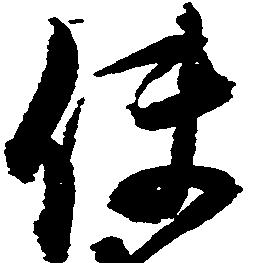
使